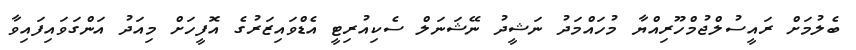
ބެލުމަށް ރައީސުލްޖުމްހޫރިއްޔާ މުހައްމަދު ނަޝީދު ނޭޝަނަލް ސެކިއުރިޓީ އެޑްވައިޒަރުގެ އޮފީހަށް މިއަދު އަންގަވައިފައިވާ